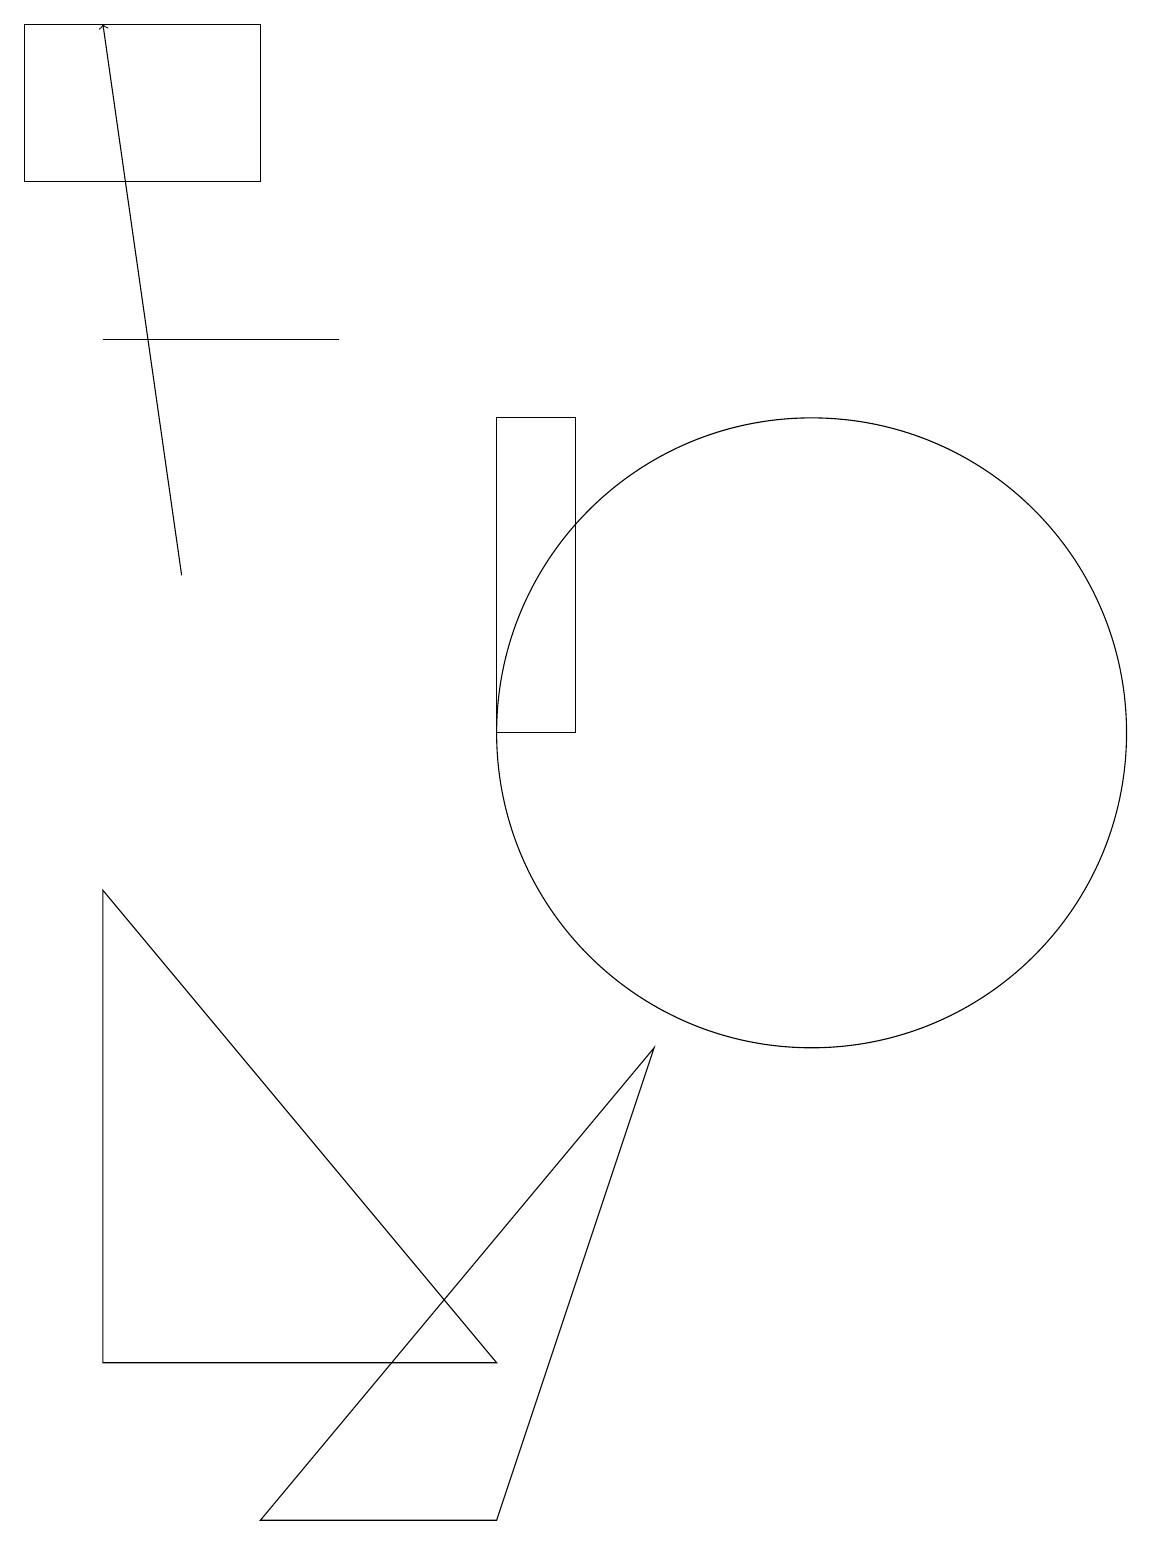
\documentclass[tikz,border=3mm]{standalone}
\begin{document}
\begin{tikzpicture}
\draw (7,10) rectangle (6,14);
\draw (0,19) rectangle (3,17);
\draw[->] (2,12) -- (1,19);
\draw (4,15) rectangle (1,15);
\draw (10,10) circle (4);
\draw (1,8) -- (1,2) -- (6,2) -- cycle;
\draw (8,6) -- (3,0) -- (6,0) -- cycle;
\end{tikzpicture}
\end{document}